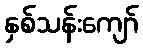
နှစ်သန်းကျော်